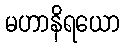
မဟာနိရယော